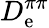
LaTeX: D_{\mathrm{e}}^{\pi\pi}